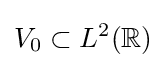
V_{0}\subset L^{2}(\mathbb {R} )